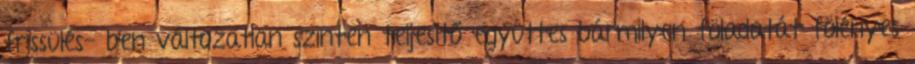
frissülés- ben változatlan szinten teljesítő együttes bármilyen föladatát fölényes